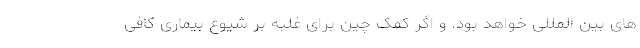
های بین المللی خواهد بود. و اگر کمک چین برای غلبه بر شیوع بیماری کافی